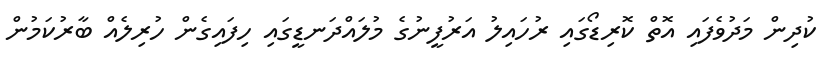
ކުދިން މަދުވެފައި އޮތް ކޮރިޑޯގައި ރުހައިލު އަރުފީނުގެ މުލައްދަނޑީގައި ހިފައިގެން ހުރިލެއް ބާރުކަމުން